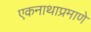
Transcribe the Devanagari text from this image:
एकनाथाप्रमाणे